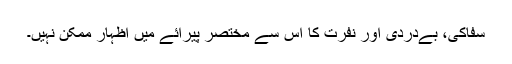
سفاکی، بےدردی اور نفرت کا اس سے مختصر پیرائے میں اظہار ممکن نہیں۔